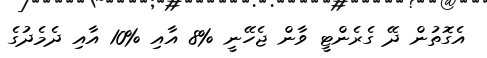
އެގޮތުން ދޭ ގެރެންޓީ ވާން ޖެހޭނީ %8 އާއި %10 އާއި ދެމެދުގެ